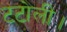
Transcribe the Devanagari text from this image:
टटोली।